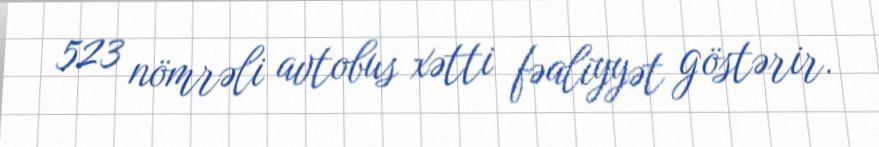
523 nömrəli avtobus xətti fəaliyyət göstərir.